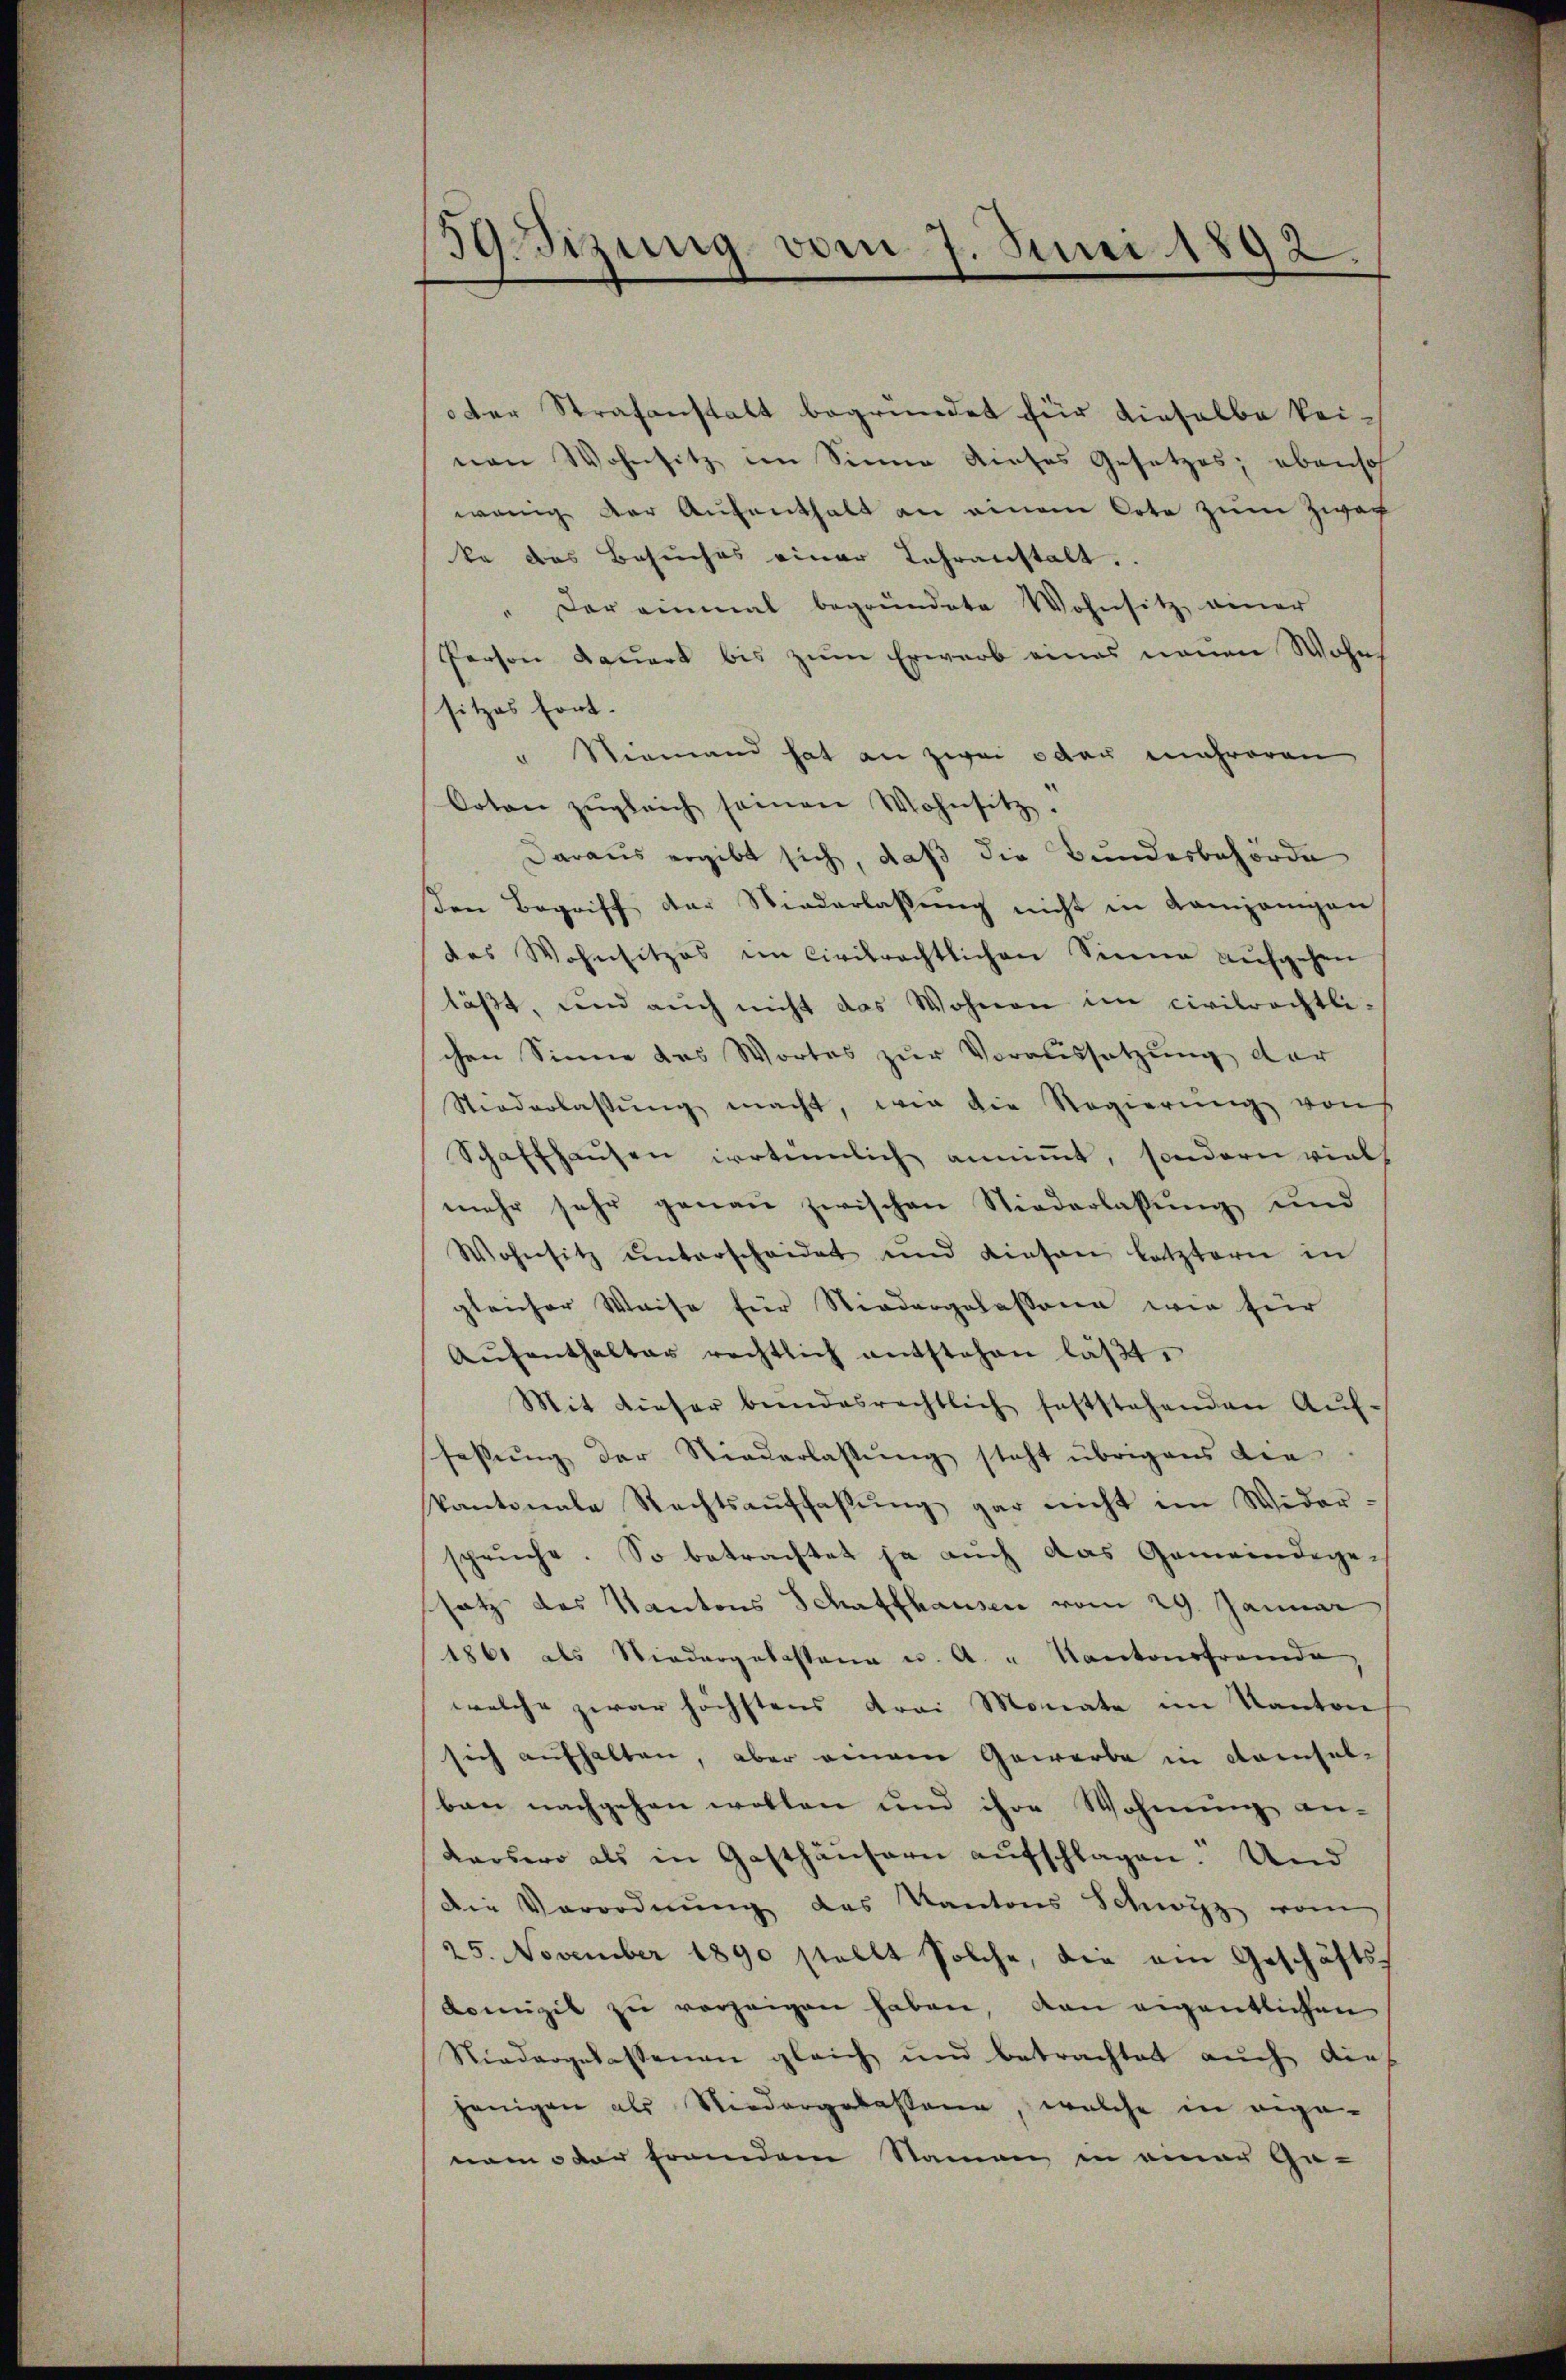
39izung vom 7. Juni 1892.

der Strafanstalt begründet für dieselbe kei-
ven Wohnsitz im Sinne dieses Gesetzes; ebenso
wenig der Aufenthalt an einem Orte zum Zwar
ke das Besuches einer Jahranstalt.
Der einmal begründete Wohnsitz einer
Person dauert bis zum Erwarb eines neuen Wohn
sitzes fort-
" Niemand hat an zwei oder mehreren
Orten zŭgleich seinen Wohnsitz.
Daraus ergibt sich, daß die Bundesbehörde
den Begriff der Niederlassŭng nicht in Kampanigen
das Wohnsitzes im Civilrechtlichen Sinne aufgehen
läβt, und auch nicht das Wohnen im civilrechtlichen Sinne das Wortes zur Voraussetzung der
Stiederlassŭng macht, wie die Regierŭng von
Schaffhausen irrtümlich annimmt, sondern viel
mehr sehr genau zwischen Niederlassung und
Wohnsitz ŭnterscheidet und diesen letztern in
gleicher Weise für Niedergelassene wie für
Aŭfenthalter rechtlich entstehen läβt.
Mit dieser bundesrechtlich feststehenden Auffassŭng der Niederlassŭng steht übrigens die
kantonale Rechtsauffassŭng gar nicht im Wider-
spruche. So betrachtet ja auch das Gemeindegesatz das Kantons Schaffhausen vom 29. Januar
1861 als Niedergelastena u. A. " Kantonsfremde
welche zwar höchstens drei Monate im Kanton
sich aufhalten, aber einem Gewerbe in demselben nachgehen wollen und ihre Wohnung an-
darsero als in Gasthäŭsern aŭfschlagen. Und
die Verordnŭng des Kantons Schwyz vom
25. November 1890 stellt solche, die ein Geschäfts¬
Komizil zu vorzeigen haben, von eigentlichen
Niedergelassenen gleich und betrachtet aŭch dies
jenigen als Niedergelassene, welche in ange-
nam der franden Namen in einer Ge-